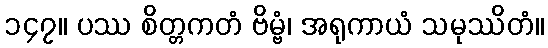
၁၄၇။ ပဿ စိတ္တကတံ ဗိမ္ဗံ၊ အရုကာယံ သမုဿိတံ။